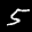
Label: 5